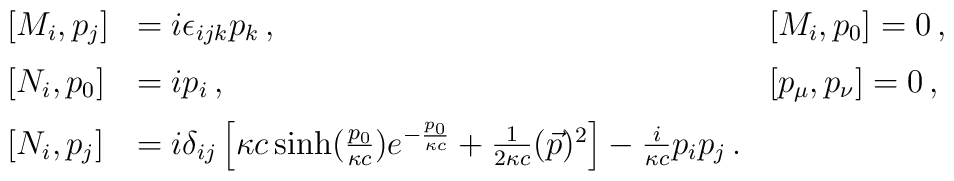
\begin{array}{lll}[ M_i , p_j ] & = i\epsilon_{ijk}p_k\, ,\qquad & [ M_i , p_0 ]  =0\, ,\medskip\cr [ N_i , p_0 ] & = i p_i\, , \qquad & [ p_\mu ,p_\nu ] = 0\, ,\medskip\cr[ N_i , p_j ]& =i\delta_{ij}\left[\kappa c\sinh(\frac {p_0}{\kappa c})e^{-\frac{p_0}{\kappa c}}  + \frac1{2\kappa c} (\vec p)^2\right] -\frac {i}{\kappa c} p_i p_j\,.&\end{array}